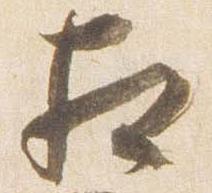
相